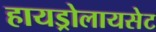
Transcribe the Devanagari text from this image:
हायड्रोलायसेट